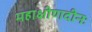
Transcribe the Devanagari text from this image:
महाक्षीणदीनः